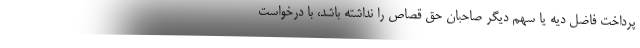
پرداخت فاضل دیه یا سهم دیگر صاحبان حق قصاص را نداشته باشد، با درخواست